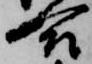
合